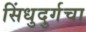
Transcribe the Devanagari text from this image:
सिंधुदुर्गचा